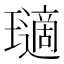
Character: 瓋